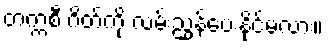
တက္ကစီ ဂိတ်ကို လမ်းညွှန်ပေးနိုင်မလား။